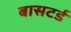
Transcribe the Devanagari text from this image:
बासटर्ड